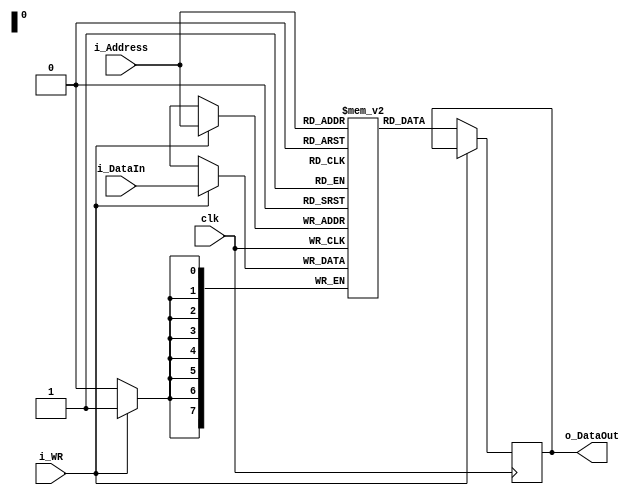
`timescale 1ns / 1ps
//////////////////////////////////////////////////////////////////////////////////
// Company: 
// Engineer: 
// 
// Design Name: 
// Module Name: RAM
// Project Name: 
// Target Devices: 
// Tool Versions: 
// Description: 
// 
// Dependencies: 
// 
// Revision:
// Revision 0.01 - File Created
// Additional Comments:
// 
//////////////////////////////////////////////////////////////////////////////////


module RAM(
    input clk,
    input [7:0] i_Address,
    input [7:0] i_DataIn,
    input i_WR,
    output reg [7:0] o_DataOut
    );
    
    reg [7:0] data [0:255];
    always@(posedge clk)
    if(i_WR)
        data[i_Address] <= i_DataIn;
    else 
        o_DataOut <= data[i_Address];
        
endmodule